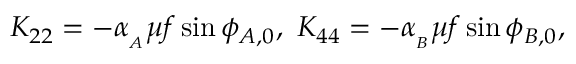
K _ { 2 2 } = - \alpha _ { _ A } \mu f \sin { \phi _ { A , 0 } } , \ K _ { 4 4 } = - \alpha _ { _ B } \mu f \sin { \phi _ { B , 0 } } ,